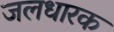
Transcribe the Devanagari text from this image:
जलधारक